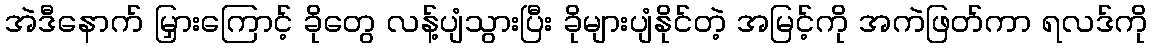
အဲဒီနောက် မြှားကြောင့် ခိုတွေ လန့်ပျံသွားပြီး ခိုများပျံနိုင်တဲ့ အမြင့်ကို အကဲဖြတ်ကာ ရလဒ်ကို